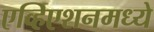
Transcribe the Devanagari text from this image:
एव्हिएशनमध्ये